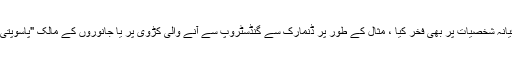
سینگوں یا اینٹلروں نے جانوروں کی دنیا سے وابستہ صوفیانہ شخصیات پر بھی فخر کیا ، مثال کے طور پر ڈنمارک سے گنڈسٹروپ سے آنے والی کڑوی پر یا جانوروں کے مالک "پاسوپتی" کے نقش کے ساتھ ہڑپ ثقافت کی مہر سے مشہور ہے۔